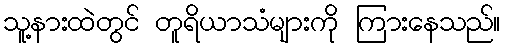
သူ့နားထဲတွင် တူရိယာသံများကို ကြားနေသည်။